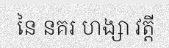
នៃ នគរ ហង្សា វត្តី